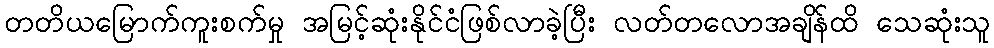
တတိယမြောက်ကူးစက်မှု အမြင့်ဆုံးနိုင်ငံဖြစ်လာခဲ့ပြီး လတ်တလောအချိန်ထိ သေဆုံးသူ